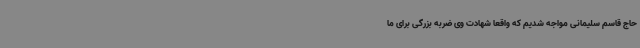
حاج قاسم سلیمانی مواجه شدیم که واقعاً شهادت وی ضربه بزرگی برای ما